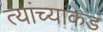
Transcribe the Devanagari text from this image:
त्यांच्याकडं